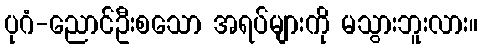
ပုဂံ-ညောင်ဦးစသော အရပ်များကို မသွားဘူးလား။